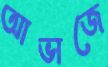
আভাজে